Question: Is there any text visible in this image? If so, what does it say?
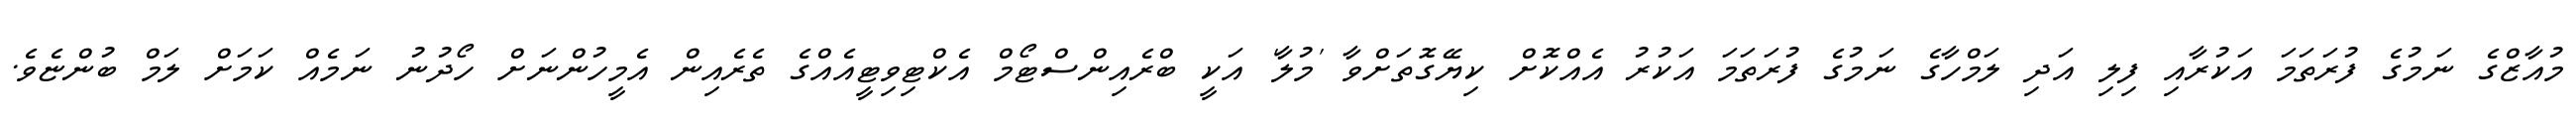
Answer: މުއާޒްގެ ނަމުގެ ފުރަތަމަ އަކުރާއި ފިލި އަދި ލަމްހާގެ ނަމުގެ ފުރަތަމަ އަކުރު އެއްކޮށް ކިޔޭގޮތަށްވާ 'މުލާ' އަކީ ބްރެއިންސްޓޯމް އެކްޓިވިޓީއެއްގެ ތެރެއިން އެމީހުންނަށް ހޯދުނު ނަމެއް ކަމަށް ލަމް ބުންޏެވެ.